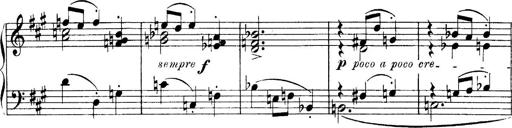
Title: 4 Sonatines
Composer: Max Reger